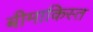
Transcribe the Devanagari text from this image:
बीमाकिस्त